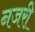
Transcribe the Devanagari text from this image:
नजरी